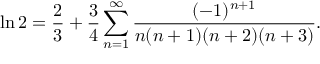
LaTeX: \ln 2 = { \frac { 2 } { 3 } } + { \frac { 3 } { 4 } } \sum _ { n = 1 } ^ { \infty } { \frac { ( - 1 ) ^ { n + 1 } } { n ( n + 1 ) ( n + 2 ) ( n + 3 ) } } .